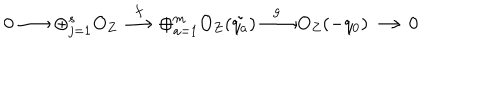
0 \longrightarrow \oplus _ { j = 1 } ^ { s } { O _ { Z } } \stackrel { f } { \longrightarrow } \oplus _ { a = 1 } ^ { m } { O _ { Z } ( \tilde { q _ { a } } ) } \stackrel { g } { \longrightarrow } O _ { Z } ( - q _ { 0 } ) \longrightarrow 0